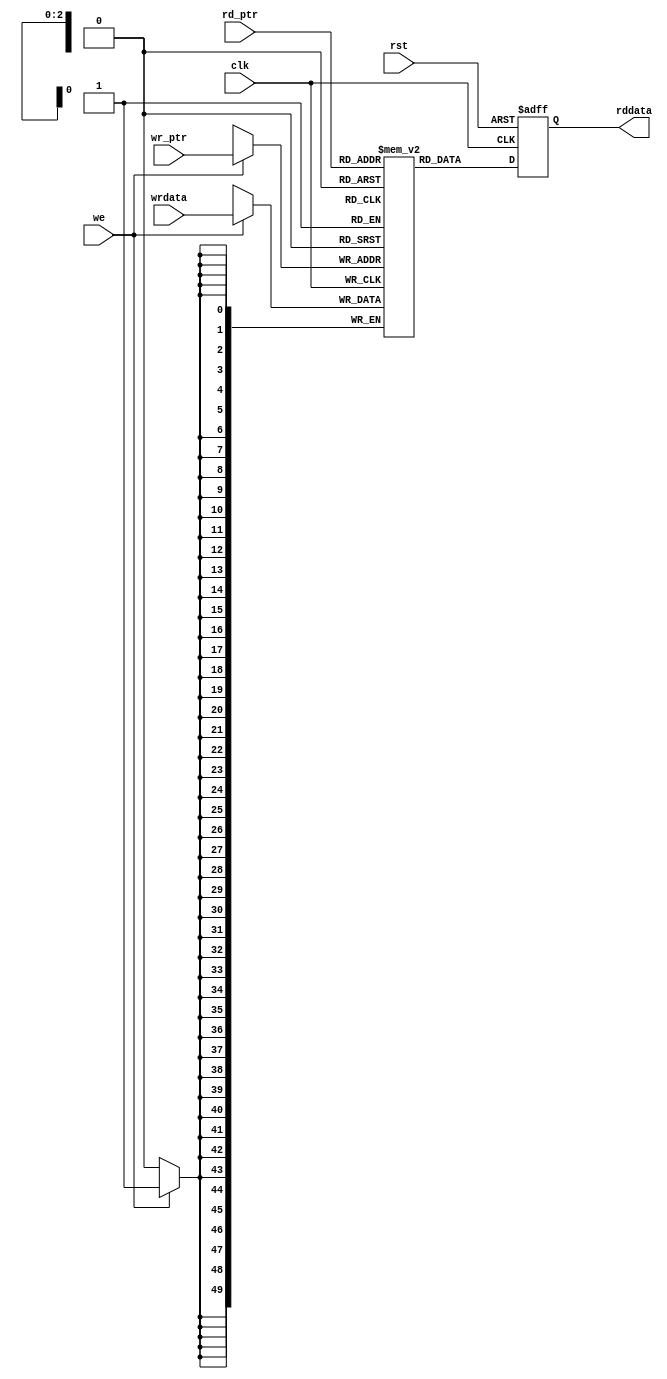

//-----------------------------------------------------------------------------
//
// (c) Copyright 2009 Xilinx, Inc. All rights reserved.
//
// This file contains confidential and proprietary information of Xilinx, Inc.
// and is protected under U.S. and international copyright and other
// intellectual property laws.
//
// DISCLAIMER
//
// This disclaimer is not a license and does not grant any rights to the
// materials distributed herewith. Except as otherwise provided in a valid
// license issued to you by Xilinx, and to the maximum extent permitted by
// applicable law: (1) THESE MATERIALS ARE MADE AVAILABLE "AS IS" AND WITH ALL
// FAULTS, AND XILINX HEREBY DISCLAIMS ALL WARRANTIES AND CONDITIONS, EXPRESS,
// IMPLIED, OR STATUTORY, INCLUDING BUT NOT LIMITED TO WARRANTIES OF
// MERCHANTABILITY, NON-INFRINGEMENT, OR FITNESS FOR ANY PARTICULAR PURPOSE;
// and (2) Xilinx shall not be liable (whether in contract or tort, including
// negligence, or under any other theory of liability) for any loss or damage
// of any kind or nature related to, arising under or in connection with these
// materials, including for any direct, or any indirect, special, incidental,
// or consequential loss or damage (including loss of data, profits, goodwill,
// or any type of loss or damage suffered as a result of any action brought by
// a third party) even if such damage or loss was reasonably foreseeable or
// Xilinx had been advised of the possibility of the same.
//
// CRITICAL APPLICATIONS
//
// Xilinx products are not designed or intended to be fail-safe, or for use in
// any application requiring fail-safe performance, such as life-support or
// safety devices or systems, Class III medical devices, nuclear facilities,
// applications related to the deployment of airbags, or any other
// applications that could lead to death, personal injury, or severe property
// or environmental damage (individually and collectively, "Critical
// Applications"). Customer assumes the sole risk and liability of any use of
// Xilinx products in Critical Applications, subject only to applicable laws
// and regulations governing limitations on product liability.
//
// THIS COPYRIGHT NOTICE AND DISCLAIMER MUST BE RETAINED AS PART OF THIS FILE
// AT ALL TIMES.
//
//-----------------------------------------------------------------------------
// Project    : V5-Block Plus for PCI Express
//--------------------------------------------------------------------------------
//--------------------------------------------------------------------------------
/***********************************************************************

  Description: 

  This is the 4x50 dual port RAM for the header information of the
  outstanding Completion packets in the error manager.
  The RAM output is registered. 

***********************************************************************/


`define  FFD 1
module cmm_errman_ram8x26 (
                rddata,                 // Output

                wrdata,                 // Inputs
                wr_ptr,
                rd_ptr,
                we,
                rst,
                clk
                );


  output [49:0] rddata;

  input  [49:0] wrdata;
  input   [2:0] wr_ptr;
  input   [2:0] rd_ptr;

  input         we;
  input         rst;
  input         clk;
 

  //******************************************************************//
  // Reality check.                                                   //
  //******************************************************************//


  //******************************************************************//
  // Construct the RAM.                                               //
  //******************************************************************//

  reg    [49:0] lutram_data [0:7];

  always @(posedge clk) begin
    if (we)
      lutram_data[wr_ptr] <= #`FFD wrdata;
  end


  //******************************************************************//
  // Register the outputs.                                            //
  //******************************************************************//


  reg    [49:0] reg_rdata;


  always @(posedge clk or posedge rst)
  begin
    if (rst)  reg_rdata <= #`FFD 50'h0000_0000_0000;
    else      reg_rdata <= #`FFD lutram_data[rd_ptr];
  end

  assign rddata = reg_rdata;


  //******************************************************************//
  //                                                                  //
  //******************************************************************//

endmodule